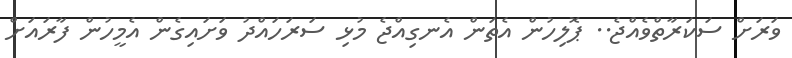
ވަރަށް ސަކަރާތްވެއްޖެ.. ޕޮލިހުން އެތަން އެނގިއްޖެ މުޅި ސަރަހައްދު ވަށައިގެން އެމީހުން ފާރައަށް